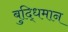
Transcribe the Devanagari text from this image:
बुद्‍धिमान